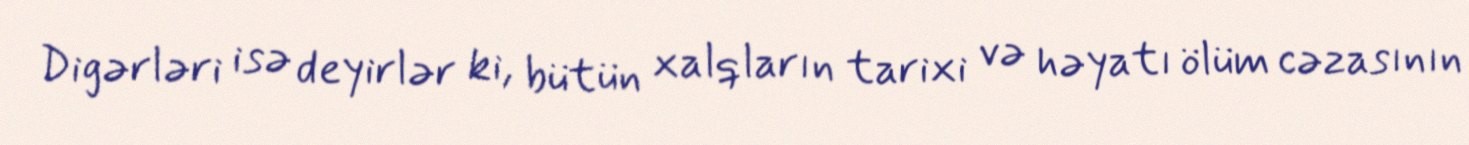
Digərləri isə deyirlər ki, bütün xalqların tarixi və həyatı ölüm cəzasının